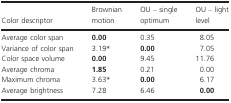
<table><thead><tr><td><b>Color descriptor</b></td><td><b>Brownian motion</b></td><td><b>OU – single optimum</b></td><td><b>OU – light level</b></td></tr></thead><tbody><tr><td>Average color span</td><td><b>0.00</b></td><td>0.35</td><td>8.05</td></tr><tr><td>Variance of color span</td><td>3.19*</td><td><b>0.00</b></td><td>7.05</td></tr><tr><td>Color space volume</td><td><b>0.00</b></td><td>9.45</td><td>11.76</td></tr><tr><td>Average chroma</td><td><b>1.85</b></td><td>0.21</td><td>0.00</td></tr><tr><td>Maximum chroma</td><td>3.63*</td><td><b>0.00</b></td><td>6.17</td></tr><tr><td>Average brightness</td><td>7.28</td><td>6.46</td><td><b>0.00</b></td></tr></tbody></table>